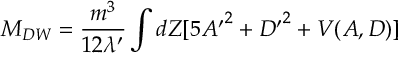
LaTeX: M _ { D W } = { \frac { m ^ { 3 } } { 1 2 \lambda ^ { \prime } } } \int d Z [ 5 { A ^ { \prime } } ^ { 2 } + { D ^ { \prime } } ^ { 2 } + V ( A , D ) ]